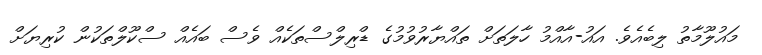
މައުލޫމާތު ލިބެއެވެ. އައު-އާއްމު ހާލަތަށް ތައްޔާރުވުމުގެ ޑްރިލްސްތަކެއް ވެސް ބައެއް ސްކޫލްތަކުން ކުރިޔަށް